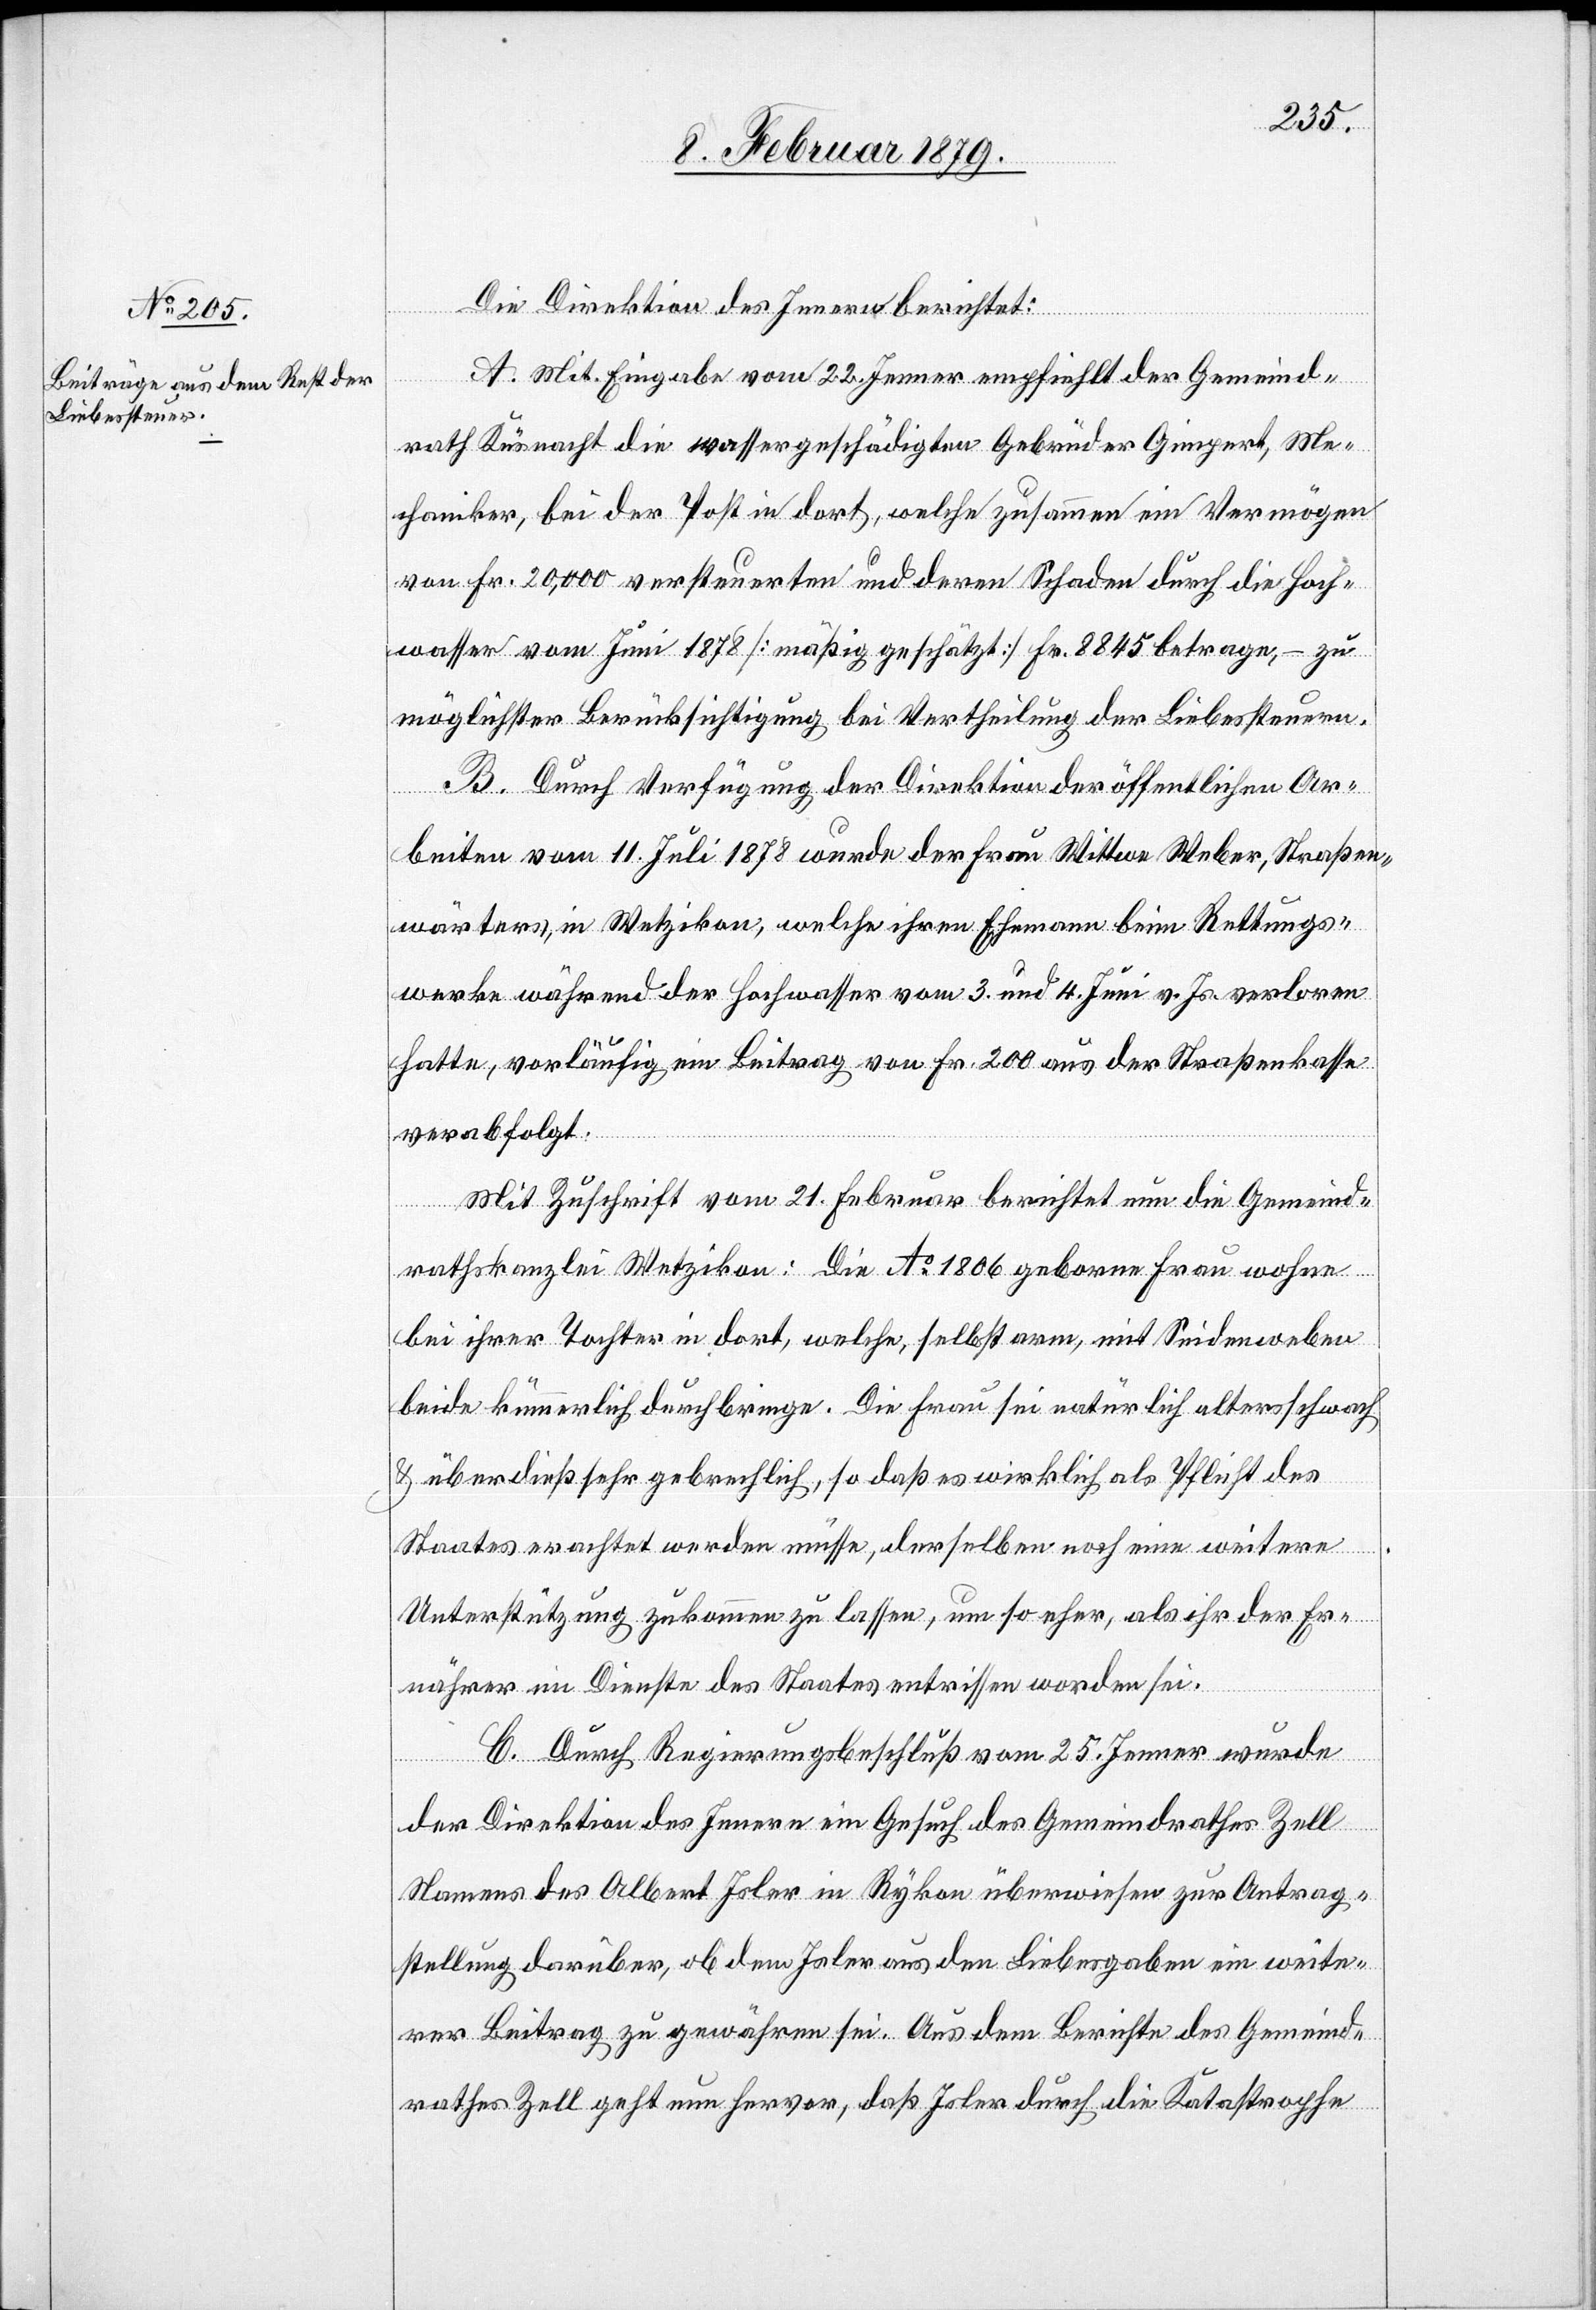
Die Direktion des Innern berichtet:
A. Mit Eingabe vom 22. Jenner empfiehlt der Gemeind¬
rath Küsnacht die wassergeschädigten Gebrüder Gimpert, Me¬
chaniker, bei der Post in dort, welche zusammen ein Vermögen
von Fr. 20,000 versteuerten und deren Schaden durch die Hoch¬
wasser vom Juni 1878 [mäßig geschätzt] Fr. 8845 betragen, – zu
möglichster Berücksichtigung bei der Vertheilung der Liebessteuern.
B. Durch Verfügung der Direktion der öffentlichen Ar¬
beiten vom 11. Juli 1878 wurde der Frau Wittwe Weber, Straßen¬
wärters, in Wetzikon, welche ihren Ehemann beim Rettungs¬
werke während der Hochwasser vom 3. und 4. Juni v. Js. verloren
hatte, vorläufig ein Beitrag von Fr. 200 aus der Straßenkasse
verabfolgt.
Mit Zuschrift vom 21. Februar berichtet nun die Gemeind¬
rathskanzlei Wetzikon: Die Ao 1806 geborne Frau wohne
bei ihrer Tochter in dort, welche, selbst arm, mit Seidenweben
beide kümmerlich durchbringe. Die Frau sei natürlich altersschwach
& überdieß sehr gebrechlich, so daß es wirklich als Pflicht des
Staates erachtet werden müsse, derselben noch eine weitere
Unterstützung zukommen zu lassen, um so eher, als ihr der Er¬
nährer im Dienste des Staates entrissen worden sei.
C. Durch Regierungsbeschluß vom 25. Jenner wurde
der Direktion des Innern ein Gesuch des Gemeindrathes Zell
Namens des Albert Isler in Rykon überwiesen zur Antrag¬
stellung darüber, ob dem Isler aus den Liebesgaben ein weite¬
rer Beitrag zu gewähren sei. Aus dem Berichte des Gemeind¬
rathes Zell geht nun hervor, daß Isler durch die Katastrophe